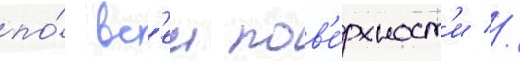
по́ вс'еи пов'е́рхност'и //